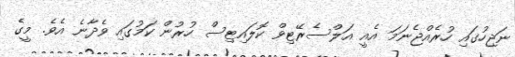
ނަޖިހުގައި ހުރެއްޖެނަމަ އެއީ އަލްސެރޭޓިވް ކޮލައިޓިސް ހުރުން ކަމުގައި ވެދާނެ އެވެ. މީގެ